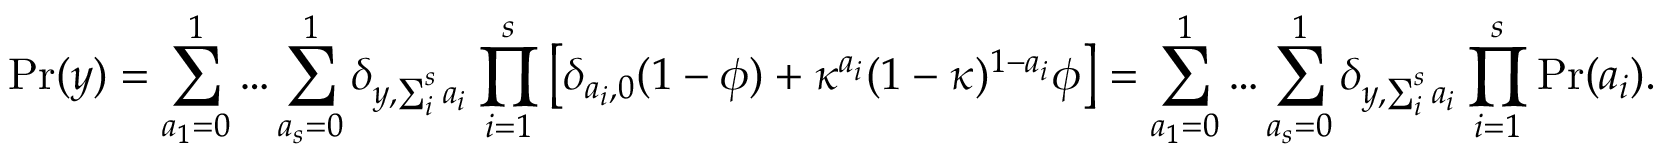
\mathrm { P r } ( y ) = \sum _ { a _ { 1 } = 0 } ^ { 1 } \dots \sum _ { a _ { s } = 0 } ^ { 1 } \delta _ { y , \sum _ { i } ^ { s } a _ { i } } \prod _ { i = 1 } ^ { s } \left[ \delta _ { a _ { i } , 0 } ( 1 - \phi ) + \kappa ^ { a _ { i } } ( 1 - \kappa ) ^ { 1 - a _ { i } } \phi \right] = \sum _ { a _ { 1 } = 0 } ^ { 1 } \dots \sum _ { a _ { s } = 0 } ^ { 1 } \delta _ { y , \sum _ { i } ^ { s } a _ { i } } \prod _ { i = 1 } ^ { s } \mathrm { P r } ( a _ { i } ) .